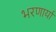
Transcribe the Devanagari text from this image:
भरणार्या